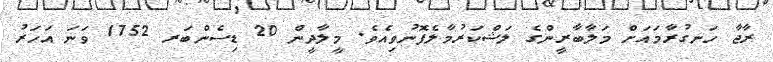
ރާޖާ ހަނގުރާމައަށް މަލާބާރީންގެ ލަޝްކަރުމާލެފޮނުވިއެވެ. މީލާދީން 20 ޑިސެންބަރ 1752 ވަނަ އަހަރު